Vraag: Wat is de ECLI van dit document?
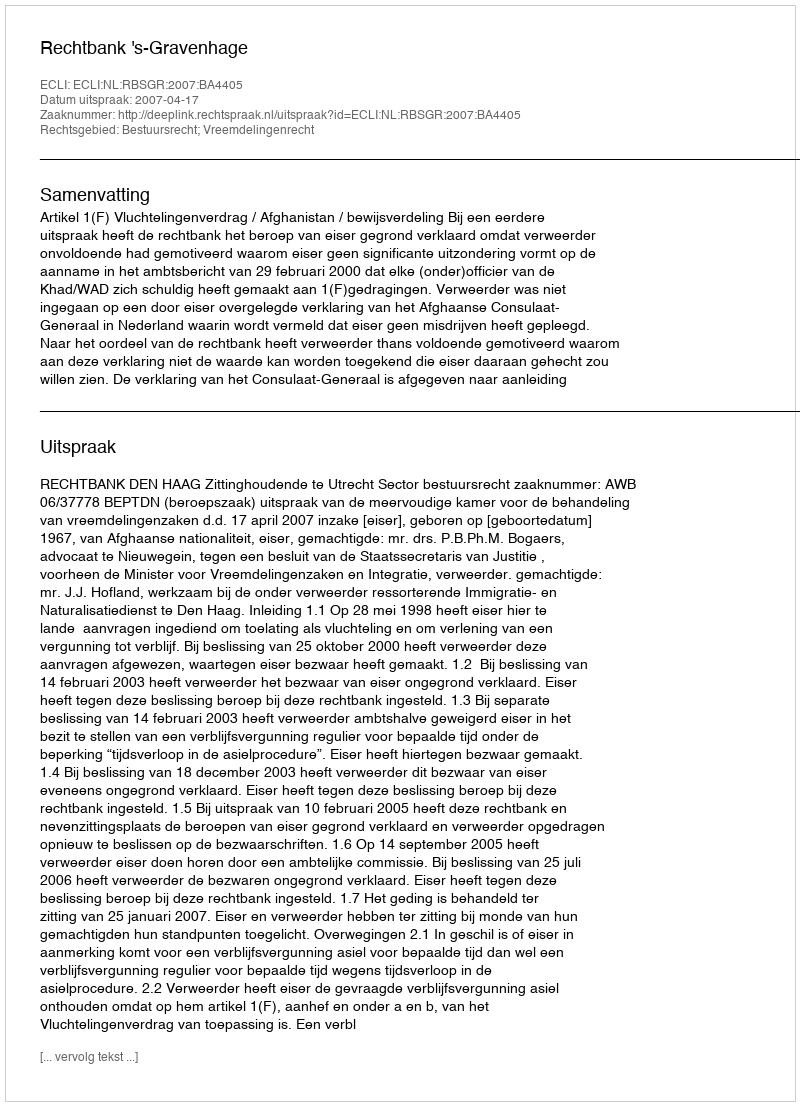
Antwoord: ECLI:NL:RBSGR:2007:BA4405